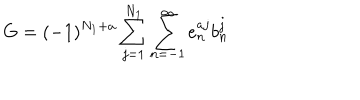
G = ( - 1 ) ^ { N _ { 1 } + a } \sum _ { j = 1 } ^ { N _ { 1 } } \sum _ { n = - 1 } ^ { \infty } e _ { n } ^ { a j } b _ { n } ^ { j }